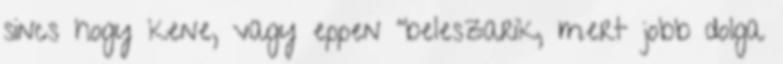
sincs hogy kene, vagy eppen "beleszarik, mert jobb dolga